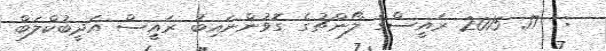
:  17